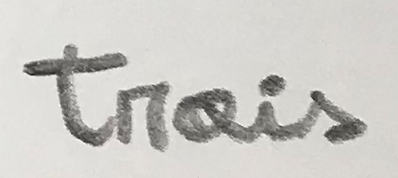
trois